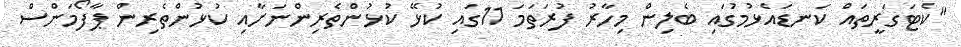
"ކެޓަގަރީތައް ކަނޑައެޅުމުގައި ބެލިން މިހާރު ފުރަތަމަ 11ގައި ކުޅޭ ކުޅުންތެރިންނަށާއި ކުޅުންތެރިން ޕާފޯމަންސް